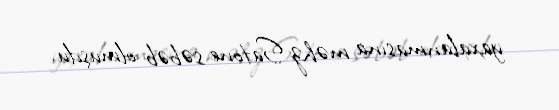
yaxalanmasına məhz Satone səbəb olmuşdu.